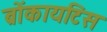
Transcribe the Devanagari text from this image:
ब्रोंकायटिस